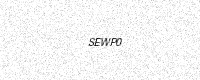
Text: SEWP0